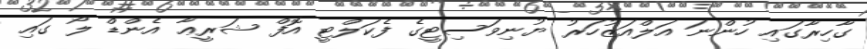
ގާހިރާގައި ހުންނަ އަލްއަޒުހަރު ޔުނިވަސިޓީގެ ފެކަލްޓީ އޮފް ޝަރީޢާ އެންޑް ލޯ ގައި